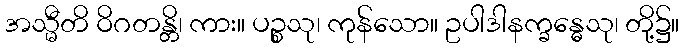
အသ္မီတိ ဝိဂတန္တိ၊ ကား။ ပဉ္စသု၊ ကုန်သော။ ဥပါဒါနက္ခန္ဓေသု၊ တို့၌။